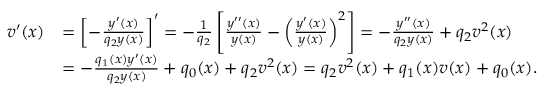
\begin{array} { r l } { v ^ { \prime } ( x ) } & { = \left[ - \frac { y ^ { \prime } ( x ) } { q _ { 2 } y ( x ) } \right] ^ { \prime } = - \frac { 1 } { q _ { 2 } } \left[ \frac { y ^ { \prime \prime } ( x ) } { y ( x ) } - \left( \frac { y ^ { \prime } ( x ) } { y ( x ) } \right) ^ { 2 } \right] = - \frac { y ^ { \prime \prime } ( x ) } { q _ { 2 } y ( x ) } + q _ { 2 } v ^ { 2 } ( x ) } \\ & { = - \frac { q _ { 1 } ( x ) y ^ { \prime } ( x ) } { q _ { 2 } y ( x ) } + q _ { 0 } ( x ) + q _ { 2 } v ^ { 2 } ( x ) = q _ { 2 } v ^ { 2 } ( x ) + q _ { 1 } ( x ) v ( x ) + q _ { 0 } ( x ) . } \end{array}